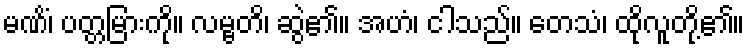
မဏိံ၊ ပတ္တမြားကို။ လမ္ဗတိ၊ ဆွဲ၏။ အဟံ၊ ငါသည်။ တေသံ၊ ထိုလူတို့၏။